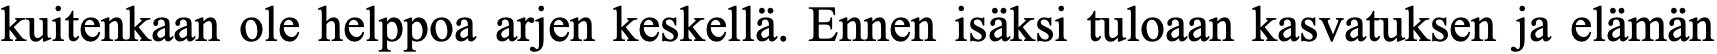
kuitenkaan ole helppoa arjen keskellä. Ennen isäksi tuloaan kasvatuksen ja elämän